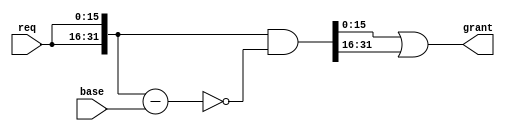
// Copyright 2007 Altera Corporation. All rights reserved.  
// Altera products are protected under numerous U.S. and foreign patents, 
// maskwork rights, copyrights and other intellectual property laws.  
//
// This reference design file, and your use thereof, is subject to and governed
// by the terms and conditions of the applicable Altera Reference Design 
// License Agreement (either as signed by you or found at www.altera.com).  By
// using this reference design file, you indicate your acceptance of such terms
// and conditions between you and Altera Corporation.  In the event that you do
// not agree with such terms and conditions, you may not use the reference 
// design file and please promptly destroy any copies you have made.
//
// This reference design file is being provided on an "as-is" basis and as an 
// accommodation and therefore all warranties, representations or guarantees of 
// any kind (whether express, implied or statutory) including, without 
// limitation, warranties of merchantability, non-infringement, or fitness for
// a particular purpose, are specifically disclaimed.  By making this reference
// design file available, Altera expressly does not recommend, suggest or 
// require that this reference design file be used in combination with any 
// other product not provided by Altera.
/////////////////////////////////////////////////////////////////////////////


// baeckler - 02-13-2007
//
// 'base' is a one hot signal indicating the first request
// that should be considered for a grant.  Followed by higher
// indexed requests, then wrapping around.
//

module arbiter (
	req, grant, base
);

parameter WIDTH = 16;

input [WIDTH-1:0] req;
output [WIDTH-1:0] grant;
input [WIDTH-1:0] base;

wire [2*WIDTH-1:0] double_req = {req,req};
wire [2*WIDTH-1:0] double_grant = double_req & ~(double_req-base);
assign grant = double_grant[WIDTH-1:0] | double_grant[2*WIDTH-1:WIDTH];
	
endmodule